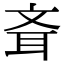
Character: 斊